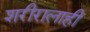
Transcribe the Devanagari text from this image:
शरीरालाही